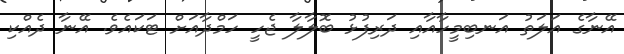
އޭނާގެ އަލަތު އަނބިމީހާއާއި ދަރިފުޅު ބޮލާލާ ޖެހީ ހަމްދާއަށް ޓަކައެވެ. އޭނާ ދެއްކި